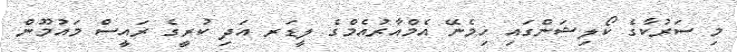
މި ސަރުކާގެ ކޯލިޝަންގައި ހިމެނޭ އެމްއާރުއެމްގެ ލީޑަރ އަދި ކުރީގެ ރައީސް މައުމޫން